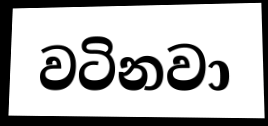
වටිනවා